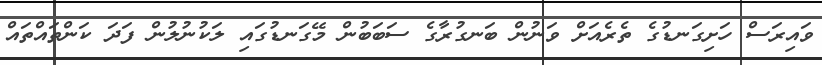
ވައިރަސް ހަށިގަނޑުގެ ތެރެއަށް ވަނުން ބަނގުރާގެ ސަބަބުން މޭގަނޑުގައި ލަކުނުލުން ފަދަ ކަންތައްތައް